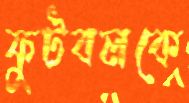
ফুটবলকে